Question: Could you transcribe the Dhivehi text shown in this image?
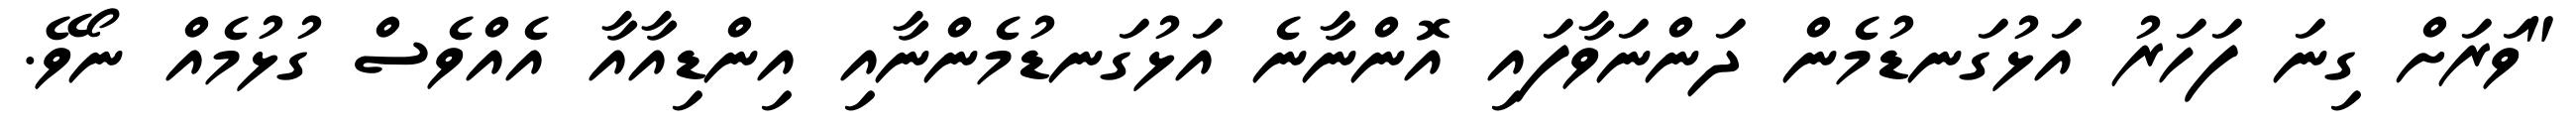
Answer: "ވަރަށް ގިނަ ފަހަރު އަޅުގަނޑުމެން ދަންނަވާފައި އޮންނާނެ އަޅުގަނޑުމެންނާއި އިންޑިއާއާ އެއްވެސް ގުޅުމެއް ނޯވޭ.